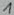
Text: 1